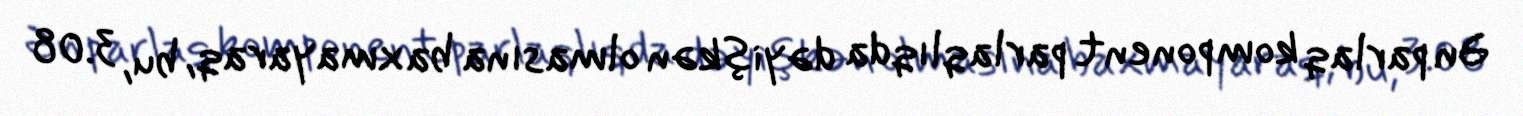
Ən parlaq komponent parlaqlıqda dəyişkən olmasına baxmayaraq, bu, 3.08